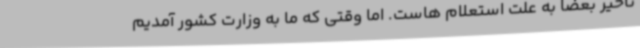
تأخیر بعضا به علت استعلام هاست. اما وقتی که ما به وزارت کشور آمدیم